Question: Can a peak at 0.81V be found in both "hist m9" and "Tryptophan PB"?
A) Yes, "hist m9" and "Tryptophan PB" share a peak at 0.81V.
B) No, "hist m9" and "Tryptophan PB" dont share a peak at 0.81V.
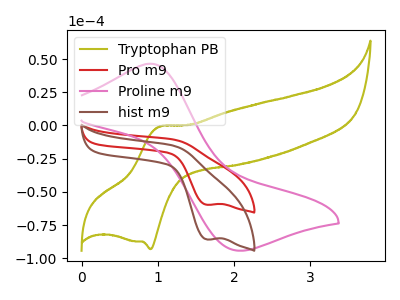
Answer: <think>The olive curve "Tryptophan PB" has an anodic peak at (1.00V, -0.95uA) and a cathodic peak at (0.90V, -93.10uA). The red curve "Pro m9" has a cathodic peak at: (1.65V, -59.70uA). The pink curve "Proline m9" has an anodic peak at (0.90V, 46.50uA) and a cathodic peak at (2.05V, -94.20uA). The brown curve "hist m9" has a cathodic peak at: (1.65V, -85.80uA).</think>
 <answer>B) No, "hist m9" and "Tryptophan PB" dont share a peak at 0.81V.</answer>
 <eval>B</eval>